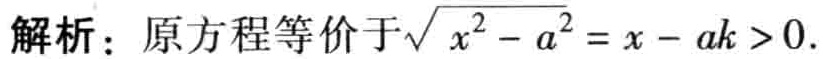
解析：原方程等价于\(\sqrt{x^{2}-a^{2}} = x - ak>0\).